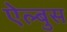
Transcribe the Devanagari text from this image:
ऐल्बुस